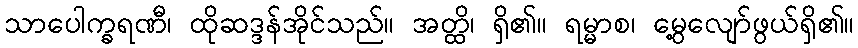
သာပေါက္ခရဏီ၊ ထိုဆဒ္ဒန်အိုင်သည်။ အတ္ထိ၊ ရှိ၏။ ရမ္မာစ၊ မွေ့လျော်ဖွယ်ရှိ၏။